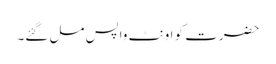
حضرت کو اونٹ واپس مل گئے۔